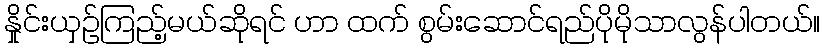
နှိုင်းယှဉ်ကြည့်မယ်ဆိုရင် ဟာ ထက် စွမ်းဆောင်ရည်ပိုမိုသာလွန်ပါတယ်။